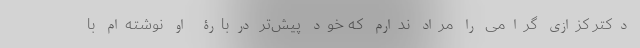
دکتر کزازی گرامی را مراد ندارم که خود پیش‌تر دربارۀ او نوشته‌ام با